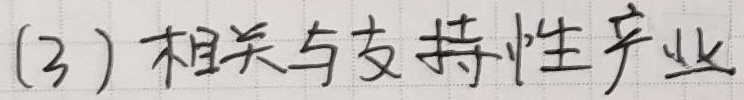
(3) 相关与支持性产业